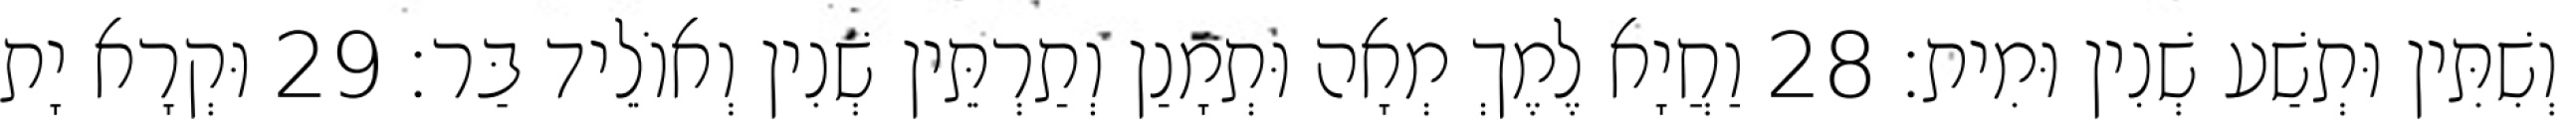
וְשִׁתִּין וּתְשַׁע שְׁנִין וּמִית׃ 28 וַחֲיָא לֶמֶךְ מְאָה וּתְמָנַן וְתַרְתֵּין שְׁנִין וְאוֹלֵיד בַּר׃ 29 וּקְרָא יָת